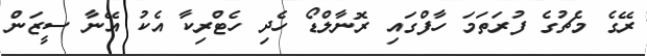
ރޭގެ މެޗުގެ ފުރަތަމަ ހާފްގައި ރޮނާލްޑޯ ހެދި ހެޓްރިކާ އެކު އޭނާ ސީޒަން